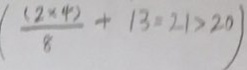
( \frac { ( 2 \times 4 ) } { 8 } + 1 3 = 2 1 > 2 0 )